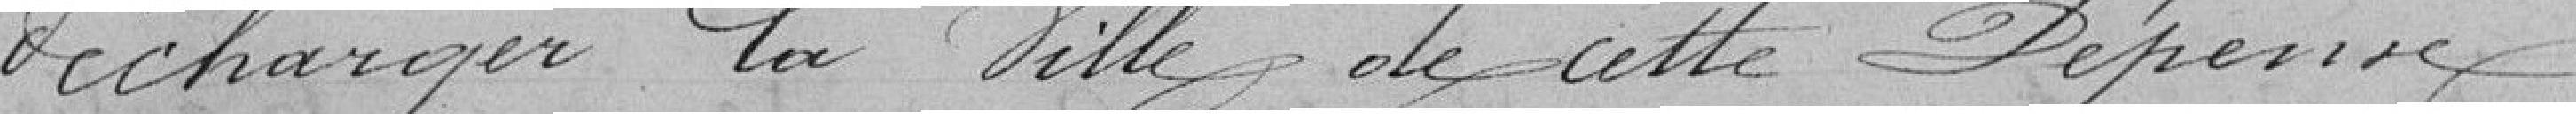
décharger la ville de cette dépense .